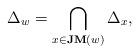
LaTeX: \begin{align*}\Delta_w = \bigcap_{x\in \mathbf{JM}(w)}\Delta_x , \end{align*}